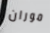
موران